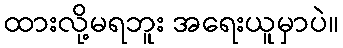
ထားလို့မရဘူး အရေးယူမှာပဲ။